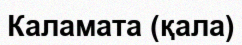
Каламата (қала)